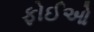
ફોઈઓ